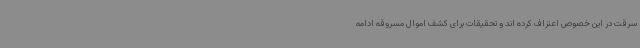
سرقت در این خصوص اعتراف کرده اند و تحقیقات برای کشف اموال مسروقه ادامه